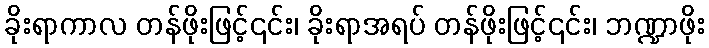
ခိုးရာကာလ တန်ဖိုးဖြင့်၎င်း၊ ခိုးရာအရပ် တန်ဖိုးဖြင့်၎င်း၊ ဘဏ္ဍာဖိုး